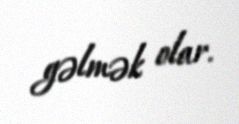
gəlmək olar.